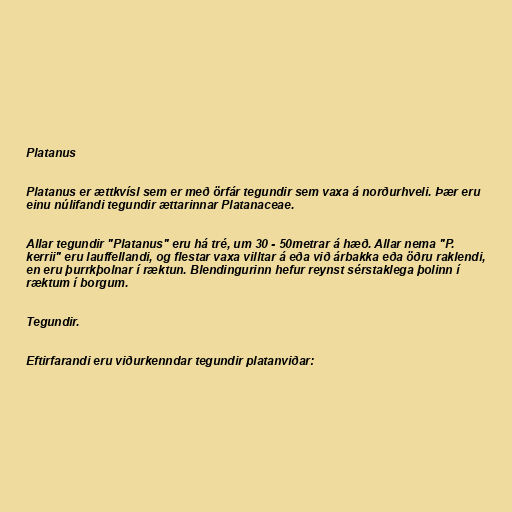
Platanus

Platanus er ættkvísl sem er með örfár tegundir sem vaxa á norðurhveli. Þær eru
einu núlifandi tegundir ættarinnar Platanaceae.

Allar tegundir "Platanus" eru há tré, um 30 - 50metrar á hæð. Allar nema "P.
kerrii" eru lauffellandi, og flestar vaxa villtar á eða við árbakka eða öðru raklendi,
en eru þurrkþolnar í ræktun. Blendingurinn hefur reynst sérstaklega þolinn í
ræktum í borgum.

Tegundir.

Eftirfarandi eru viðurkenndar tegundir platanviðar: